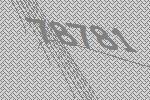
78781